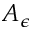
A _ { \epsilon }